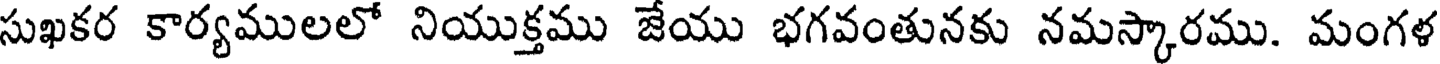
సుఖకర కార్యములలో నియుక్తము జేయు భగవంతునకు నమస్కారము. మంగళ